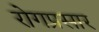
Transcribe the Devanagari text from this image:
रोगप्रसार